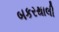
બકરથાલી